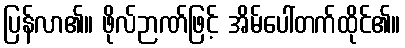
ပြန်လာ၏။ ဖိုလ်ဉာဏ်ဖြင့် အိမ်ပေါ်တက်ထိုင်၏။